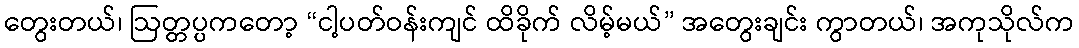
တွေးတယ်၊ ဩတ္တပ္ပကတော့ “ငါ့ပတ်ဝန်းကျင် ထိခိုက် လိမ့်မယ်” အတွေးချင်း ကွာတယ်၊ အကုသိုလ်က